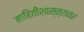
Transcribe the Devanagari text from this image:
माहितीशास्त्रावर